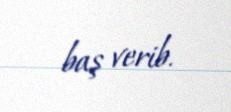
baş verib.